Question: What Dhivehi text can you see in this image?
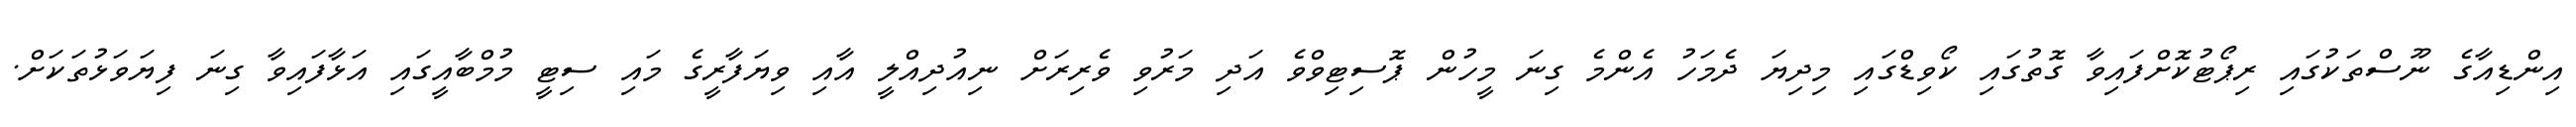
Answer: އިންޑިއާގެ ނޫސްތަކުގައި ރިޕޯޓުކޮށްފައިވާ ގޮތުގައި ކޯވިޑްގައި މިދިޔަ ދެމަހު އެންމެ ގިނަ މީހުން ޕޮސިޓިވްވެ އަދި މަރުވި ވެރިރަށް ނިއުދިއްލީ އާއި ވިޔަފާރީގެ މައި ސިޓީ މުމްބާއީގައި އަޅާފައިވާ ގިނަ ފިޔަވަޅުތަކަށް.